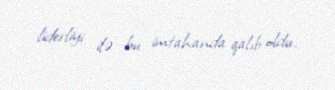
liderliyi ilə bu imtahanda qalıb oldu.